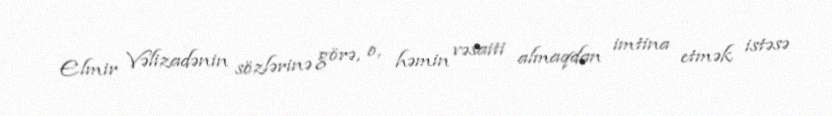
Elmir Vəlizadənin sözlərinə görə, o, həmin vəsaiti almaqdan imtina etmək istəsə